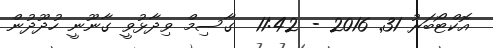
އޮކްޓޯބަރު 31